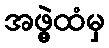
အဖွဲ့ထံမှ